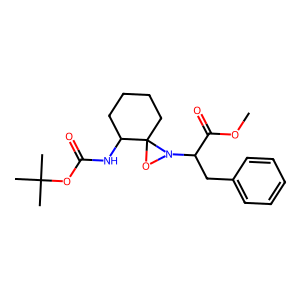
SMILES: COC(=O)C(Cc1ccccc1)N1OC12CCCCC2NC(=O)OC(C)(C)C
Inhibits HIV replication: No